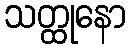
သတ္ထုနော